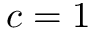
c = 1